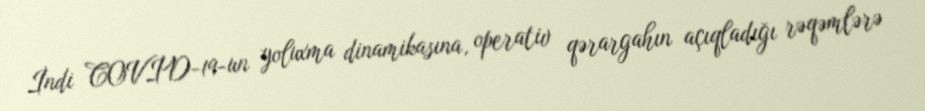
İndi COVİD-19-un yoluxma dinamikasına, operativ qərargahın açıqladığı rəqəmlərə